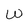
Character: w